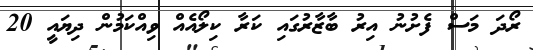
ރޯދަ މަސް ފެށުނު އިރު ބާޒާރުގައި ކަރާ ކިލޯއެއް ވިއްކަމުން ދިޔައީ 20